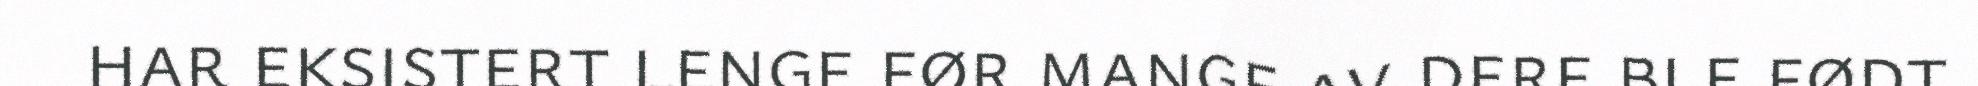
har eksistert lenge før mange av dere ble født.